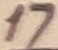
Text: 17